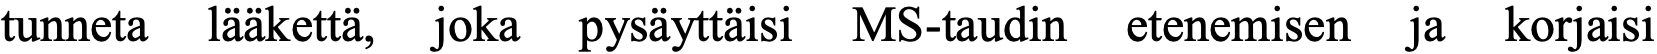
tunneta lääkettä, joka pysäyttäisi MS-taudin etenemisen ja korjaisi